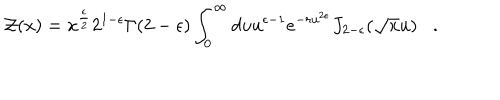
LaTeX: { \cal Z } ( x ) = x ^ { \frac { \epsilon } { 2 } } 2 ^ { 1 - \epsilon } \Gamma ( 2 - \epsilon ) \int _ { 0 } ^ { \infty } d u u ^ { \epsilon - 1 } e ^ { - r u ^ { 2 \epsilon } } J _ { 2 - \epsilon } ( { \sqrt x } u ) .